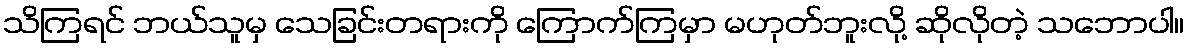
သိကြရင် ဘယ်သူမှ သေခြင်းတရားကို ကြောက်ကြမှာ မဟုတ်ဘူးလို့ ဆိုလိုတဲ့ သဘောပါ။